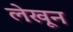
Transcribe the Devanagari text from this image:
लेखून